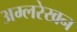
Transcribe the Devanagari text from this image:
अम्लरेखन